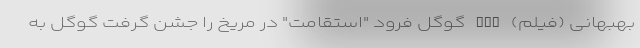
بهبهانی (فیلم) nan گوگل فرود "استقامت" در مریخ را جشن گرفت گوگل به